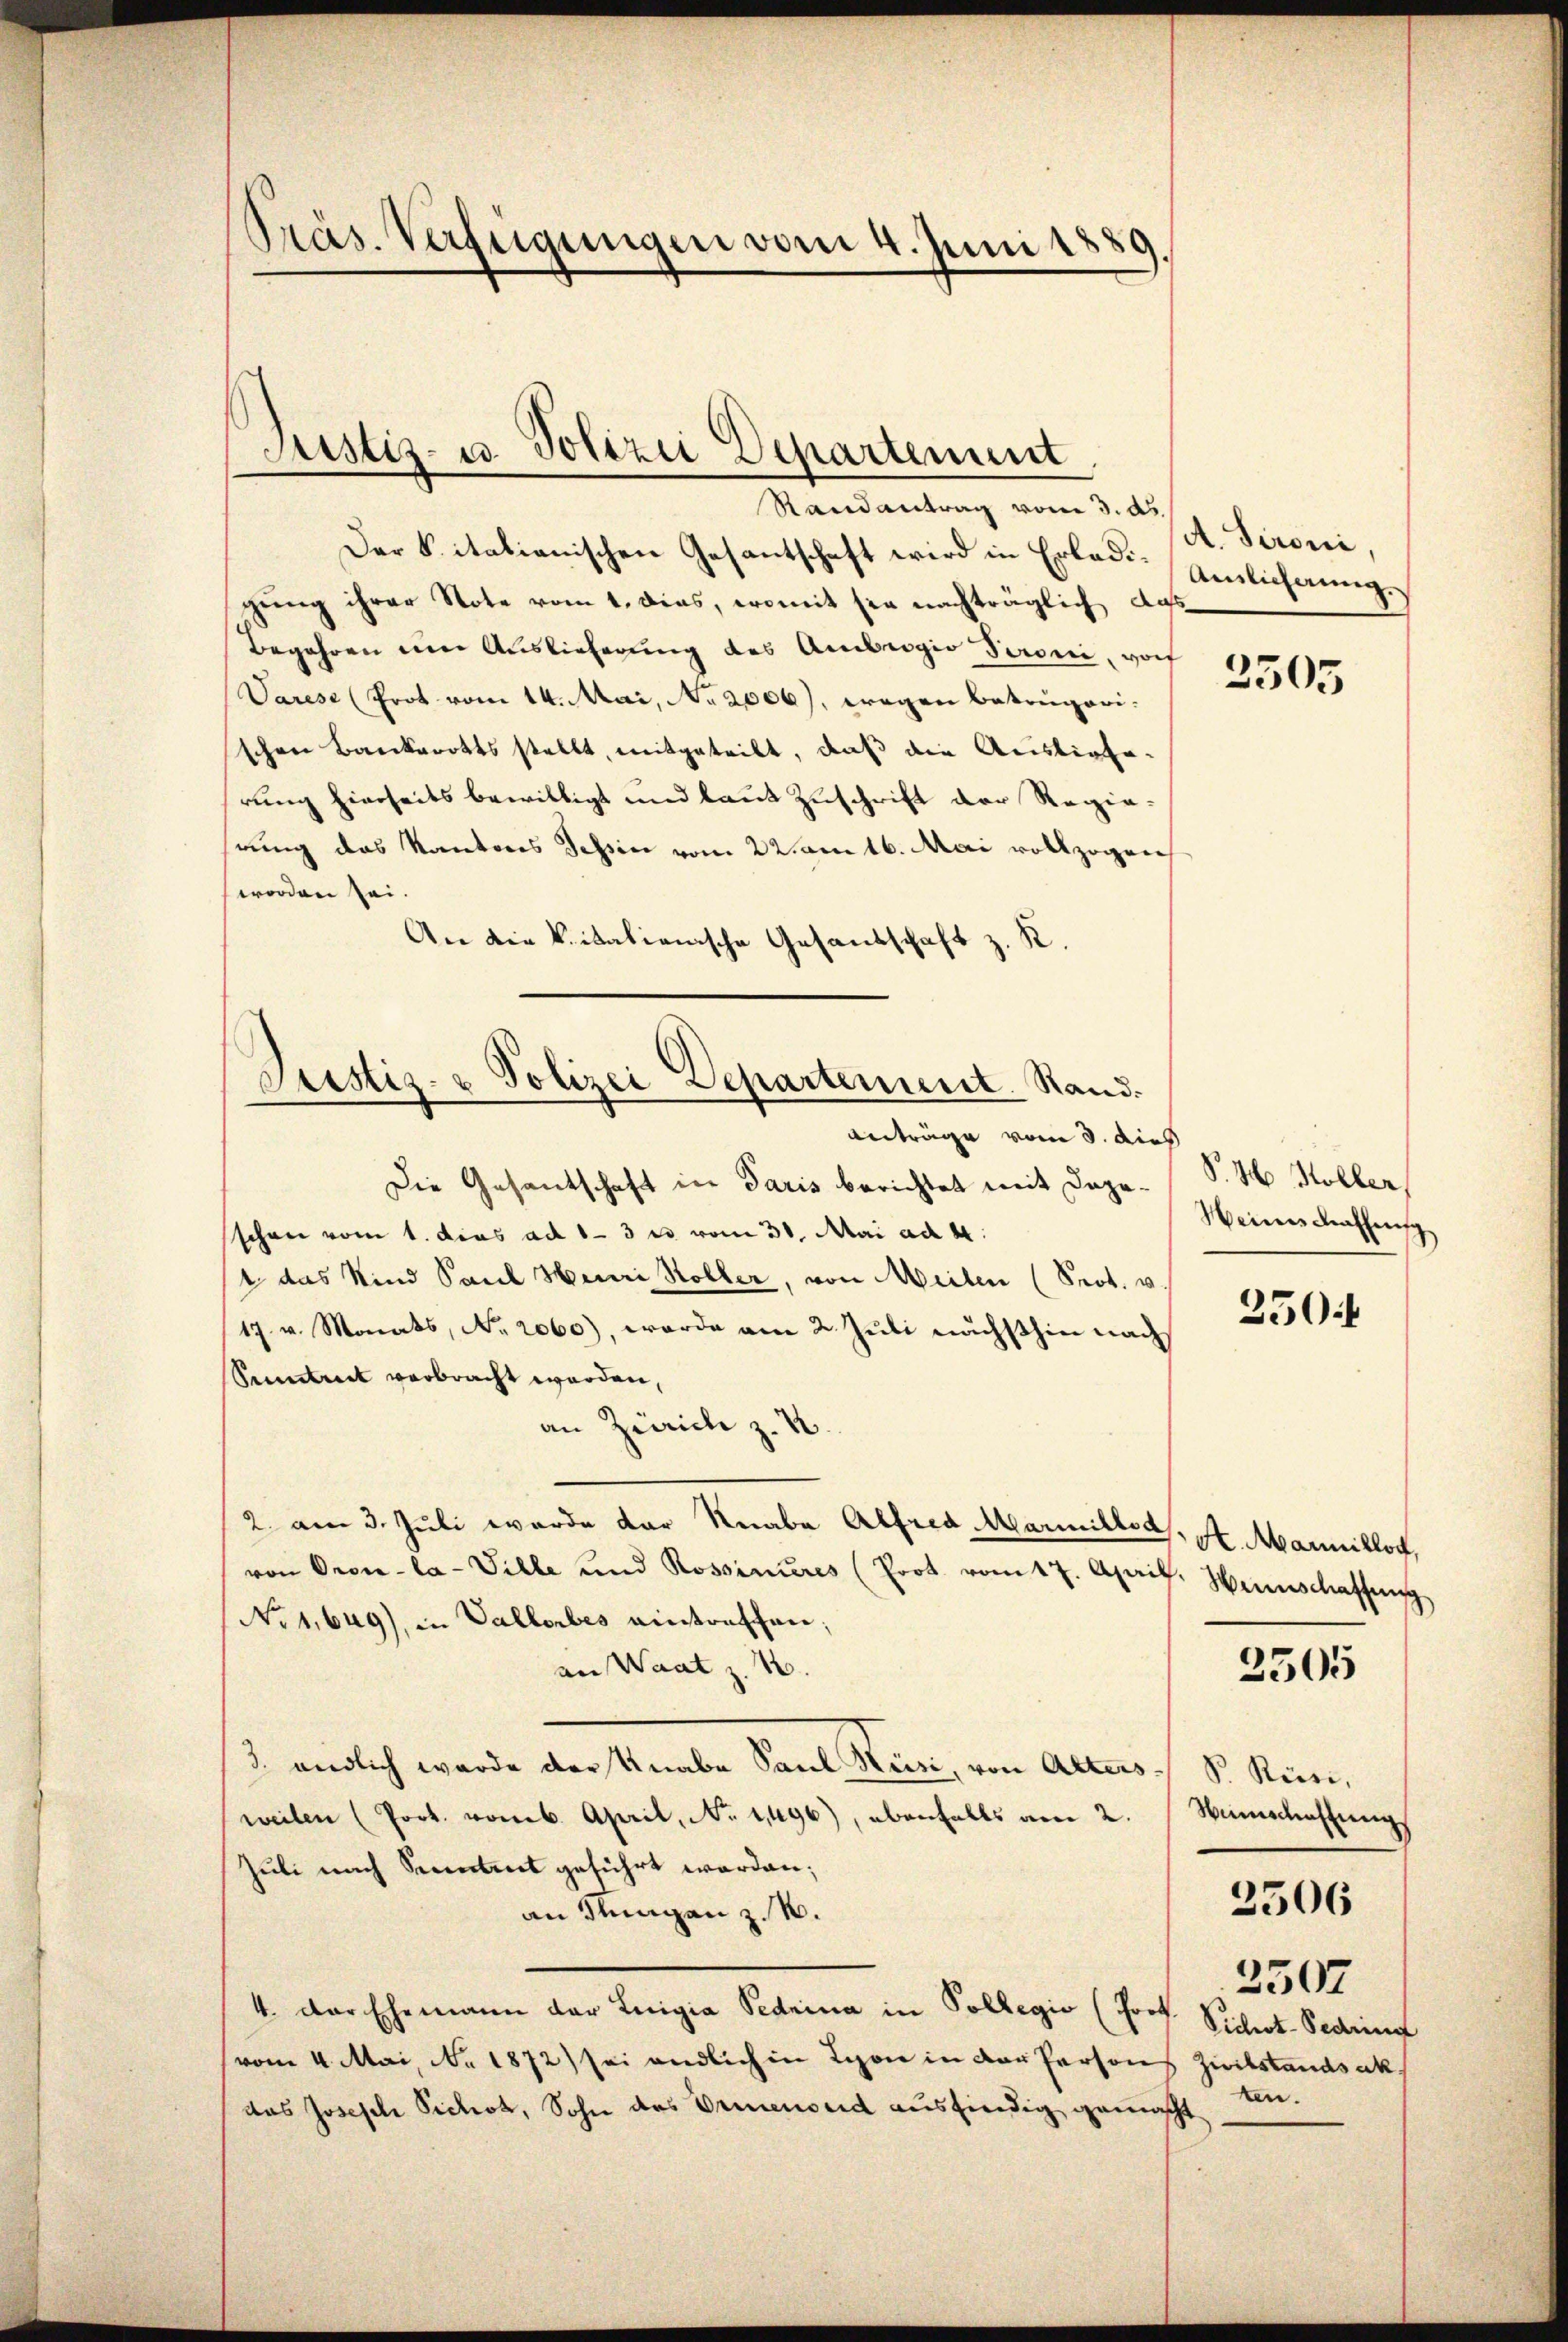
Präs. Verfügungen vom 4. Juni 1889.

Justiz- u. Polizei Departement
Randantrag von 3. ds

Der K. italienischen Gesantschaft wird in Erlaue Amlichung.
gŭng ihrer Note vom 1. dies, womit sie nachträglich das
Begehren eine Auslieferung des Ambrogio Seroni, vorf
Varese (Prot vom 14. Mai, No 2006), wegen betrügeri.
schen Bankerotts stellt, mitgeteilt, daß die Auslieferung hierseits bewilligt und laut Zuschrift der Regierung das Kantons Tessin vom 22ten 16. Mai vollzogen
worden sei.
An die Vitalienische Gesandschaft z. R.
Die Gesantschaft in Paris berichtet mit Dope-S. M. Koller,
schon vom 1. dies ad 1-3 u vom 31. Mai ad 4.
1 das Kind Paul Henri Koller, von Meilen (Prot. v.
17. v. Monats, No. 2060), worde am 2. Juli nächsthin nach
Semtreck verbracht worden,
an Zürich z. B.
2. am 3. Juli wurde der Knabe Alfred Marmilles, A. Marillos,
von Oron-la-Ville und Rossinieres (Prot. vom 17. April. Heinschaffung
No 1,649), in Vallerbes eintreffen;
an Waatz. 4.
3. endlich wurde der Unabe Paul Kuni, von Actus, S. Rum,
weilen (Prot. vom 6. April, No. 11496), ebenfalls am 2. Wunschaffungs
Juli nach Secretent geführt worden;
an Singen z. B.
4. Der Ehemann der Luigia Pednina in Sollegio (Prof. Pichrot-Sedring
vom 4. Mai, No 1872) sei endlich in Lyon in der Persons Zivilstandsak
das Joseph Pichos, Sohn des Orienseid ausfindig gemacht

Justiz- & Polizei Departement. Stand.
anträge vom 3. dies

A. Sironi,

2305

Meines drassensc

250 f

3505

2507
ten.

2506